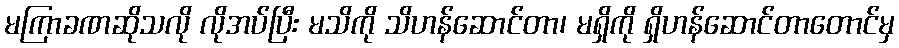
မကြာခဏဆိုသလို လိုအပ်ပြီး မသိကို သိဟန်ဆောင်တာ၊ မရှိကို ရှိဟန်ဆောင်တာတောင်မှ